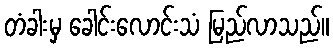
တံခါးမှ ခေါင်းလောင်းသံ မြည်လာသည်။